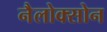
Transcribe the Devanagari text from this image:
नैलोक्सोन